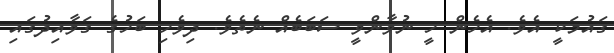
ގައުމަކީ އެވެ. އެހެން ހީ ނުވާންވީ ސަބަބެއް ނެތެވެ. ދިވެހި ބަހުގެ ގަވާއިދުގައި